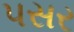
પસર